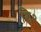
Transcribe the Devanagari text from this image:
शि०